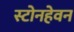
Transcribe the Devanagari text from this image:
स्टोनहेवन